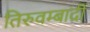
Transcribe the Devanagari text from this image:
तिरुवम्बादी